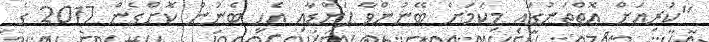
"ކުރިއަށް އޮތްތަނުގައި މިކަމަށް ބޭނުންވާ ފަންޑާއި އެހީ ބެނުން ކޮށްގެން 2017 ގެ